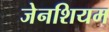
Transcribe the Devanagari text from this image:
जेनशियम